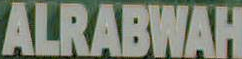
ALRABWAH